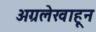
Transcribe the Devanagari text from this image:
अग्रलेखाहून